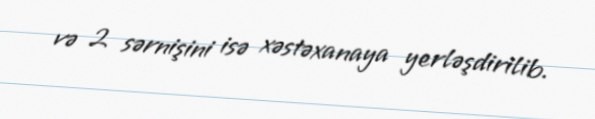
və 2 sərnişini isə xəstəxanaya yerləşdirilib.